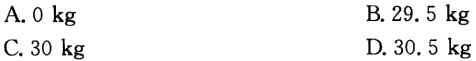
A. \(0\mathrm{\ kg}\)
B. \(29.5\mathrm{\ kg}\)
C. \(30\mathrm{\ kg}\)
D. \(30.5\mathrm{\ kg}\)